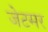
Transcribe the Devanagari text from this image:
जेटमर